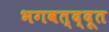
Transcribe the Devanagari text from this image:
भगवत्द्दूत